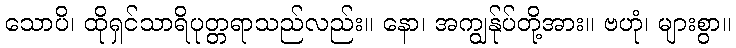
သောပိ၊ ထိုရှင်သာရိပုတ္တရာသည်လည်း။ နော၊ အကျွန်ုပ်တို့အား။ ဗဟုံ၊ များစွာ။